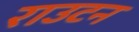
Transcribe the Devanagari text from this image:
राउटन